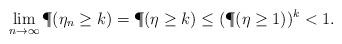
LaTeX: \begin{align*}\lim_{n \to \infty}\P(\eta_n \geq k) = \P(\eta \geq k) \leq (\P(\eta \geq 1))^k < 1.\end{align*}